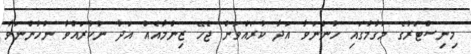
މިނިސްޓަރުގެ މަގާމުގައި ހުންނަވާ އަދާ ކުރައްވަން ޖެހޭ ޒިންމާއެއް އަދާ ނުކުރައްވާ ނުހުންނަވާ